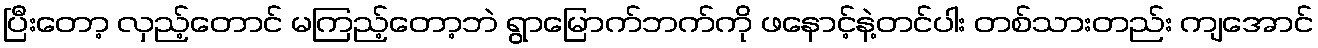
ပြီးတော့ လှည့်တောင် မကြည့်တော့ဘဲ ရွာမြောက်ဘက်ကို ဖနောင့်နဲ့တင်ပါး တစ်သားတည်း ကျအောင်